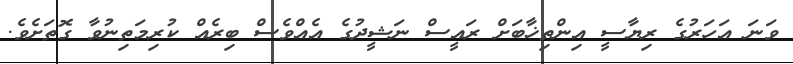
ވަނަ އަހަރުގެ ރިޔާސީ އިންތިޚާބަށް ރައީސް ނަޝީދުގެ އެއްވެސް ބިރެއް ކުރިމަތިނުވާ ގޮތަށެވެ.